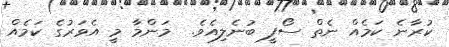
ކުރާނެ ކަމެއް ނެތް ސޯފީ ބުނެލިއެވެ.  މަންމާ މީ އެވަރުގެ ކަމެއް